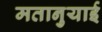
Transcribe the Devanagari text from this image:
मतानुयाई